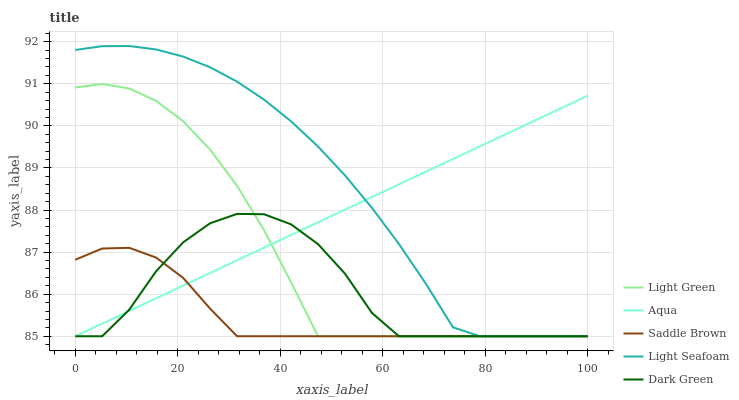
| xaxis_label | Light Green | Aqua | Saddle Brown | Light Seafoam | Dark Green |
 | --- | --- | --- | --- | --- | --- |
 | 0 | 90.9 | 85 | 86.8 | 91.8 | 85 |
 | 5.26 | 91 | 85.3 | 87.1 | 91.9 | 85 |
 | 10.5 | 90.9 | 85.6 | 87.1 | 91.9 | 85.6 |
 | 15.8 | 90.6 | 85.9 | 86.9 | 91.8 | 86.5 |
 | 21.1 | 90.1 | 86.2 | 86.4 | 91.6 | 87.2 |
 | 26.3 | 89.4 | 86.5 | 85.7 | 91.4 | 87.7 |
 | 31.6 | 88.6 | 86.8 | 85 | 91.1 | 87.9 |
 | 36.8 | 87.5 | 87.1 | 85 | 90.6 | 87.9 |
 | 42.1 | 86.3 | 87.4 | 85 | 90.1 | 87.7 |
 | 47.4 | 85 | 87.7 | 85 | 89.5 | 87.2 |
 | 52.6 | 85 | 88 | 85 | 88.8 | 86.5 |
 | 57.9 | 85 | 88.3 | 85 | 88 | 85.6 |
 | 63.2 | 85 | 88.6 | 85 | 87.2 | 85 |
 | 68.4 | 85 | 88.9 | 85 | 86.2 | 85 |
 | 73.7 | 85 | 89.2 | 85 | 85.2 | 85 |
 | 78.9 | 85 | 89.5 | 85 | 85 | 85 |
 | 84.2 | 85 | 89.8 | 85 | 85 | 85 |
 | 89.5 | 85 | 90.1 | 85 | 85 | 85 |
 | 94.7 | 85 | 90.4 | 85 | 85 | 85 |
 | 100 | 85 | 90.7 | 85 | 85 | 85 |